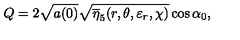
Q = 2 \sqrt { a ( 0 ) } \sqrt { \overline { { \eta } } _ { 5 } ( r , \theta , \varepsilon _ { r } , \chi ) } \cos \alpha _ { 0 } ,